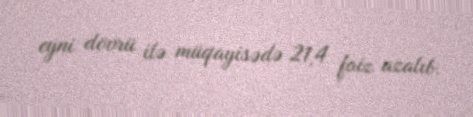
eyni dövrü ilə müqayisədə 21,4 faiz azalıb.